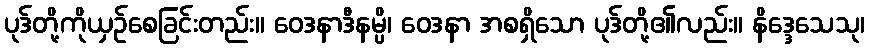
ပုဒ်တို့ကိုယှဉ်စေခြင်းတည်း။ ဝေဒနာဒီနမ္ပိ၊ ဝေဒနာ အစရှိသော ပုဒ်တို့၏လည်း။ နိဒ္ဒေသေသု၊